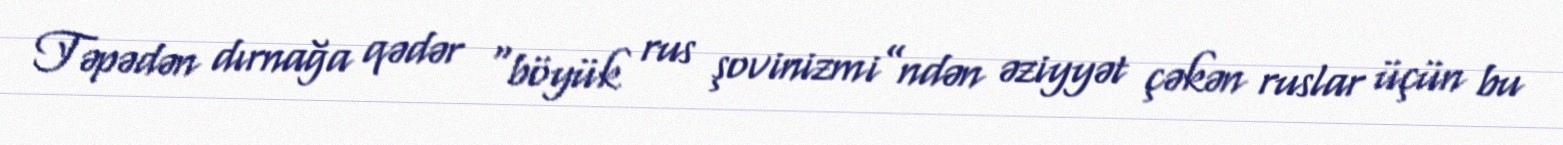
Təpədən dırnağa qədər “böyük rus şovinizmi”ndən əziyyət çəkən ruslar üçün bu